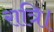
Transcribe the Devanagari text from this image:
रात्रि।